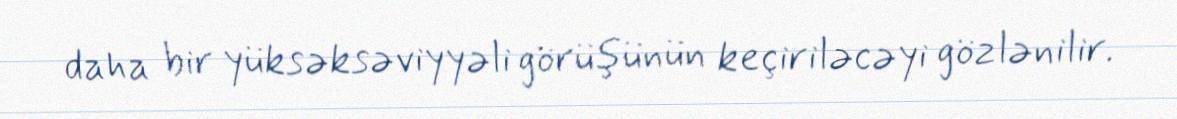
daha bir yüksəksəviyyəli görüşünün keçiriləcəyi gözlənilir.